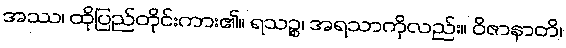
အဿ၊ ထိုပြည်တိုင်းကား၏။ ရသဉ္စ၊ အရသာကိုလည်း။ ဝိဇာနာတိ၊